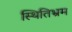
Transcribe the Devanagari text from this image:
स्थितिभ्रम